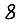
Digit: 8